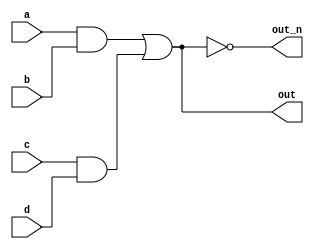
`default_nettype none
module top_module(
    input a,
    input b,
    input c,
    input d,
    output out,
    output out_n   ); 
    
    wire w1;
    wire w2;
    
    
    assign out_n = ~out;
    assign w1 = a & b;
    assign w2 = c & d;
    assign out = w1 | w2;

endmodule